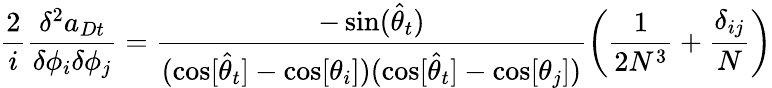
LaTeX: \frac{2}{i}\frac{\delta^{2}a_{Dt}}{\delta\phi_{i}\delta\phi_{j}}=\frac{-\sin(\widehat{\theta}_{t})}{(\cos[\widehat{\theta}_{t}]-\cos[\theta_{i}])(\cos[\widehat{\theta}_{t}]-\cos[\theta_{j}])}\left(\frac{1}{2N^{3}}+\frac{\delta_{ij}}{N}\right)